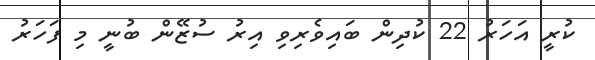
ކުރީ އަހަރު 22 ކުދިން ބައިވެރިވި އިރު ސުޒޭން ބުނީ މި ފަހަރު